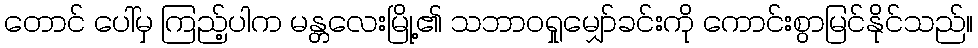
တောင် ပေါ်မှ ကြည့်ပါက မန္တလေးမြို့၏ သဘာဝရှုမျှော်ခင်းကို ကောင်းစွာမြင်နိုင်သည်။